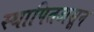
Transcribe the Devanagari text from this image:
स्थापितअसून